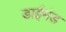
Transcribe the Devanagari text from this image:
डाईमंड